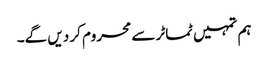
ہم تمہیں ٹماٹر سے محروم کر دیں گے۔